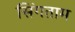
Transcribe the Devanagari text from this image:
सिंगताम